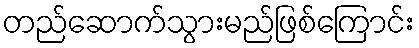
တည်ဆောက်သွားမည်ဖြစ်ကြောင်း